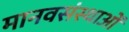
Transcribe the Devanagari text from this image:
मानवसंस्थाओं